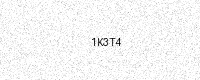
Text: 1K3T4